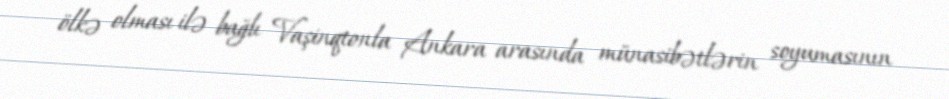
ölkə olması ilə bağlı Vaşinqtonla Ankara arasında münasibətlərin soyumasının